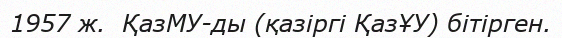
1957 ж.  ҚазМУ-ды (қазіргі ҚазҰУ) бітірген.